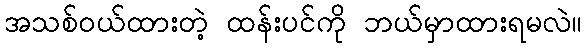
အသစ်ဝယ်ထားတဲ့ ထန်းပင်ကို ဘယ်မှာထားရမလဲ။